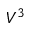
V ^ { 3 }